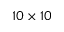
1 0 \times 1 0